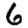
Digit: 6